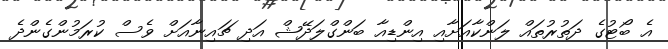
އެ ބޯޓުގެ ދަތުރުތައް ލަންކާއަށާއި އިންޑިއާ ބަންގްލަދޭޝް އަދި ޗައިނާއަށް ވެސް ކުރަމުންގެންދެ